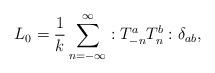
LaTeX: \begin{align*}L_0 = \frac{1}{k} \sum_{n=-\infty}^{\infty} :T^a_{-n} T^b_{n} :\delta_{ab},\end{align*}